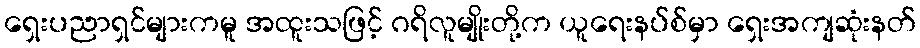
ရှေးပညာရှင်များကမူ အထူးသဖြင့် ဂရိလူမျိုးတို့က ယူရေးနပ်စ်မှာ ရှေးအကျဆုံးနတ်